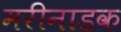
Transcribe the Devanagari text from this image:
मरीनाडक